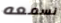
نسمعه